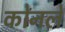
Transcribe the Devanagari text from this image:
कोनले